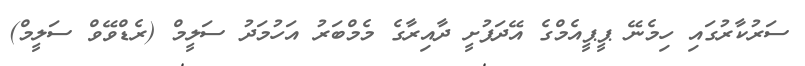
ސަރުކާރުގައި ހިމެނޭ ޕީޕީއެމްގެ އޭދަފުށީ ދާއިރާގެ މެމްބަރު އަހުމަދު ސަލީމް (ރެޑްވޭވް ސަލީމް)